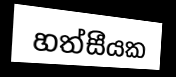
හත්සීයක